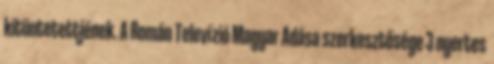
kitüntetettjének. A Román Televízió Magyar Adása szerkesztősége 3 nyertes